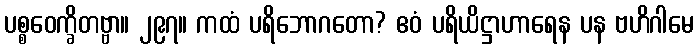
ပစ္စဝေက္ခိတဗ္ဗာ။ ၂၉၇။ ကထံ ပရိဘောဂတော? ဧဝံ ပရိယိဋ္ဌာဟာရေန ပန ဗဟိဂါမေ